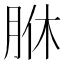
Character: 䏫